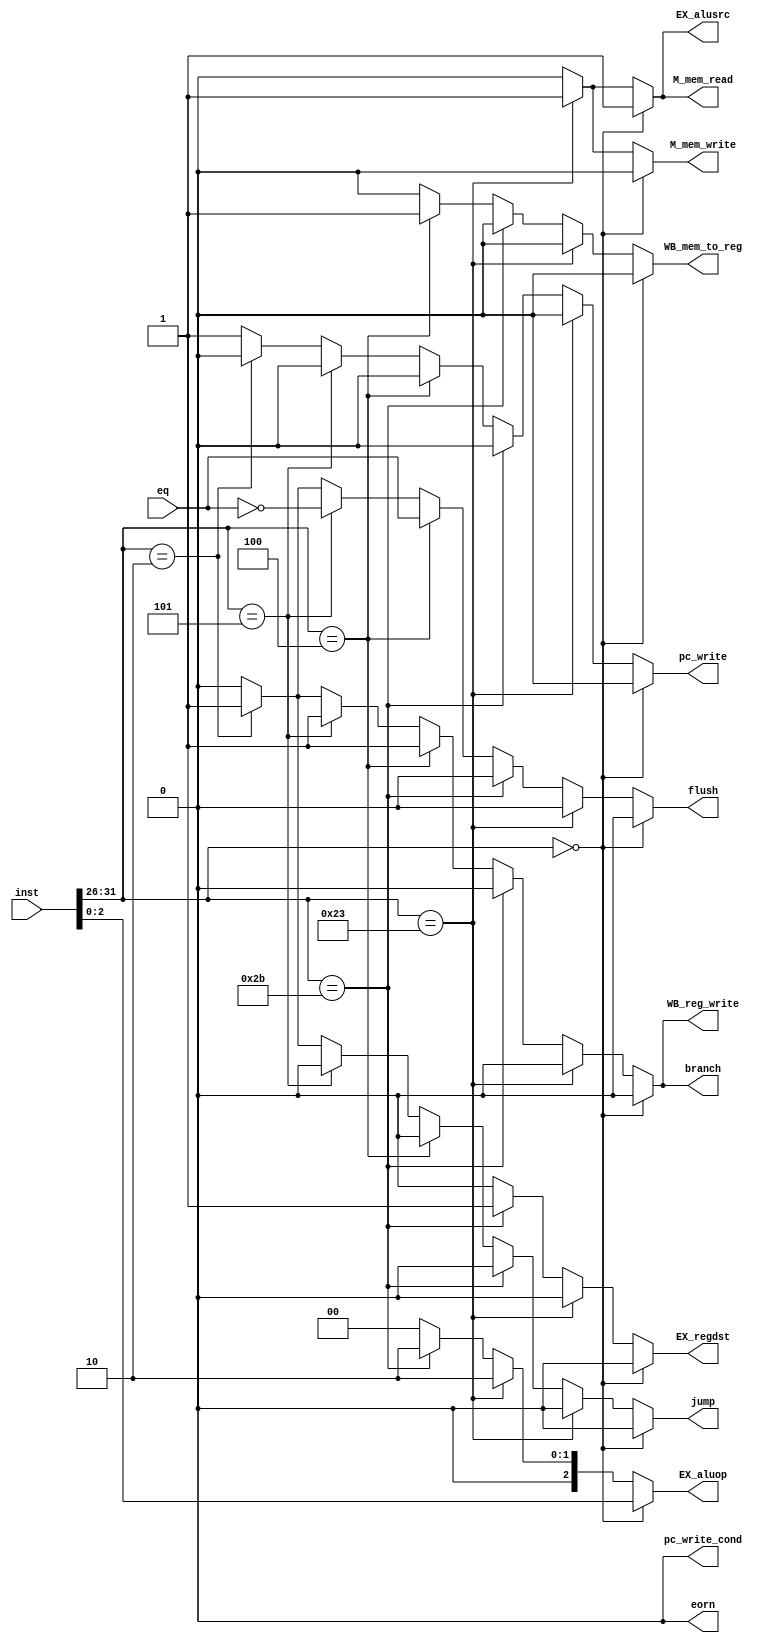
module controller(input [31 : 0] inst, output reg branch,EX_regdst, M_mem_read, M_mem_write, WB_reg_write
	, WB_mem_to_reg,pc_write,  eorn, jump ,pc_write_cond, EX_alusrc, output reg [2 : 0] EX_aluop, output reg flush, input eq);
	

	always @(inst, eq) begin
		
		{EX_alusrc, EX_regdst, M_mem_read, M_mem_write, WB_reg_write,
		WB_mem_to_reg, pc_write_cond, eorn, jump, pc_write, branch,EX_aluop,flush} = {12'b0000000000010,3'b000, 1'b0};

		if(inst [31 : 26] == 0)
			{EX_alusrc, EX_regdst, M_mem_read, M_mem_write, WB_reg_write,
			WB_mem_to_reg, pc_write_cond, eorn, jump, pc_write, branch,EX_aluop} = {12'b1110100000000,inst[2 : 0]}; 

		else if(inst[31 : 26] == 6'b100011) //Load Word
			{EX_alusrc, EX_regdst, M_mem_read, M_mem_write, WB_reg_write,
			WB_mem_to_reg, pc_write_cond, eorn, jump, pc_write, branch,EX_aluop} = {12'b1010110000000,3'b010}; 
		else if(inst[31 : 26] == 6'b101011) //Store Word
			{EX_alusrc, EX_regdst, M_mem_read, M_mem_write, WB_reg_write,
			WB_mem_to_reg, pc_write_cond, eorn, jump, pc_write, branch,EX_aluop} = {12'b1001000000000,3'b010}; 

		else if(inst[31 : 26] == 6'b000100) //Branch Equal
			{EX_alusrc, EX_regdst, M_mem_read, M_mem_write, WB_reg_write,
			WB_mem_to_reg, pc_write_cond, eorn, jump, pc_write, branch,EX_aluop,flush} = {12'b0000001100001,3'b000, eq}; 
		else if(inst[31 : 26] == 6'b000101) //Branch not Equal
			{EX_alusrc, EX_regdst, M_mem_read, M_mem_write, WB_reg_write,
			WB_mem_to_reg, pc_write_cond, eorn, jump, pc_write, branch,EX_aluop,flush} = {12'b0000001000001,3'b000, ~eq}; 
		else if(inst[31 : 26] == 6'b000010) //Jump
			{EX_alusrc, EX_regdst, M_mem_read, M_mem_write, WB_reg_write,
			WB_mem_to_reg, pc_write_cond, eorn, jump, pc_write, branch,EX_aluop,flush} = {12'b0000001000101,3'b000, 1'b1};
	end
endmodule